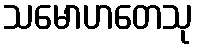
သမောဟတေသု